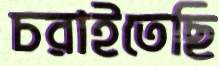
চরাইতেছি